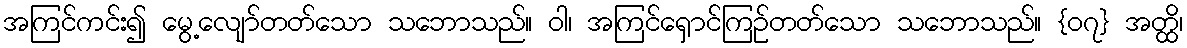
အကြင်ကင်း၍ မွေ့လျော်တတ်သော သဘောသည်။ ဝါ၊ အကြင်ရှောင်ကြဉ်တတ်သော သဘောသည်။ {၀၇} အတ္ထိ၊